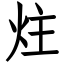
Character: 炷